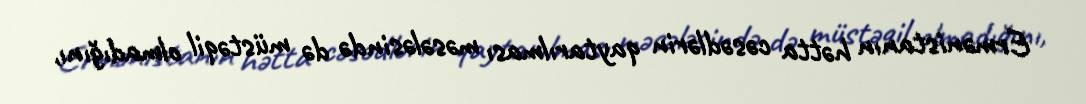
Ermənistanın hətta cəsədlərin qaytarılması məsələsində də müstəqil olmadığını,